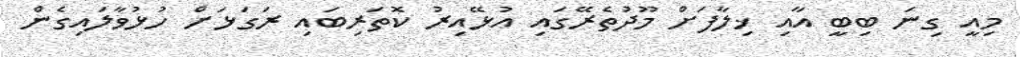
މިއީ ގިނަ ބިބީ އާއި ޚިލާފަށް މޫދުތެރޭގައި އުޅޭއިރު ކޮތަރިބައި ރަގަޅަށް ހުޅުވާލައިގެން